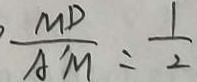
\frac { M D } { A ^ { \prime } M } = \frac { 1 } { 2 }